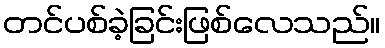
တင်ပစ်ခဲ့ခြင်းဖြစ်လေသည်။